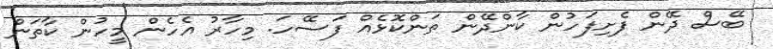
ބޭސް ދޭން ފެށިފަހުން ކާންދޭން ތަންކޮޅެއް ފަސޭހަ. މިހާރު އެހެން މީހުން ކާތަން